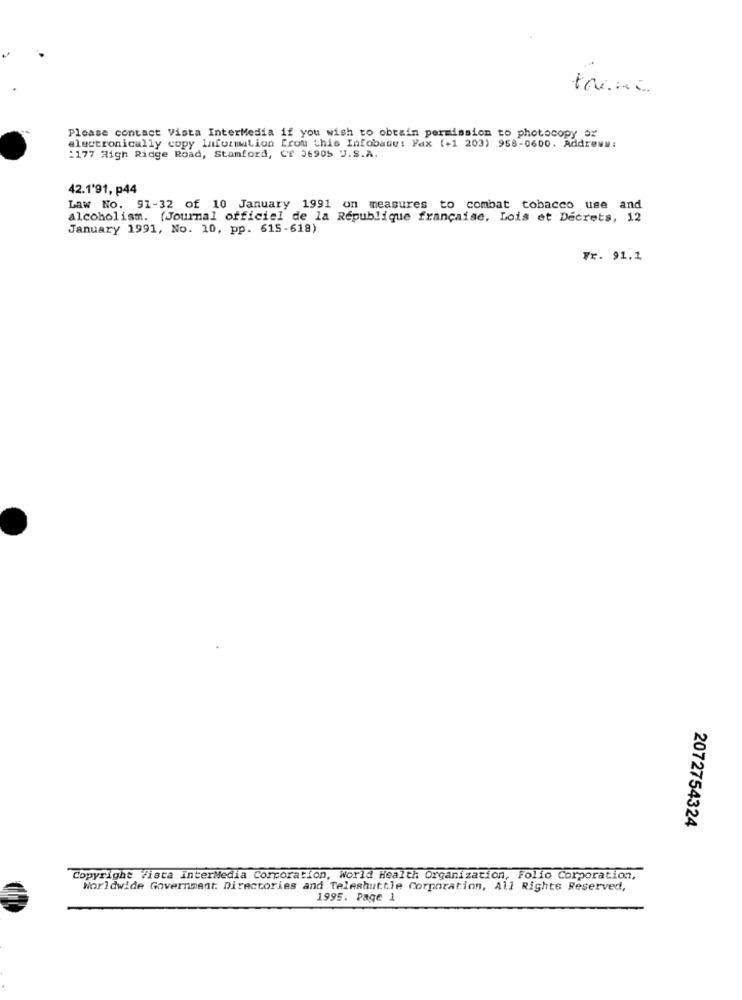
Please contact Vista InterMedia if you wish to obtain permission to photocopy of
electronically copy Information from this Infobase: Fax (+1 203) 958-0600. Addrews:
:177 Righ Ridge Road, Stamford, CT 36905 U.S.A.
42.1'91, p44
Law No. 91-32 of 10 January 1991 on measures to combat tobacco use and
alcoholism. (Journal officiel de la République française, Lois et Decrets, 12
January 1991, No. 10, pp. 615-618)
Fr. 91.1
2072754324
Copyright Vista InterMedia Corporation, World Health Organization, Folio Corporation,
Worldwide Government. Directories and Teleshuttle Corporation, All Rights Reserved,
1995. Page 1